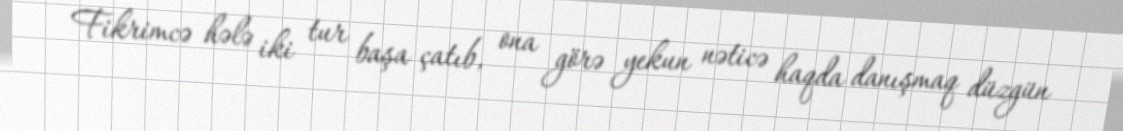
Fikrimcə hələ iki tur başa çatıb, ona görə yekun nəticə haqda danışmaq düzgün